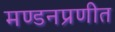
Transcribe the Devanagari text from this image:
मण्डनप्रणीत